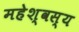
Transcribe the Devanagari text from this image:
महेश्वस्य